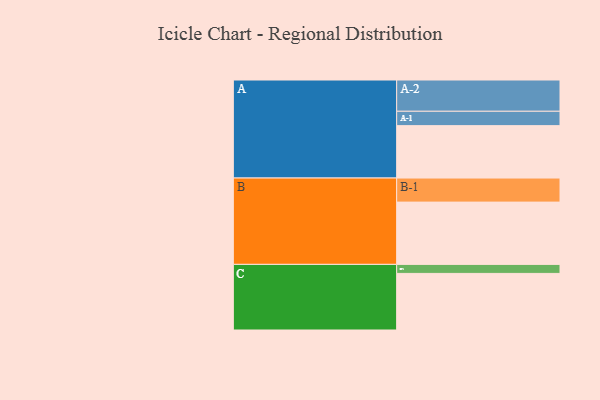
{"axis": {"x": "Segment", "y": "Value"}, "legend": ["", "A", "B", "C"], "data": [{"x": "A", "y": 488, "type": ""}, {"x": "B", "y": 580, "type": ""}, {"x": "C", "y": 527, "type": ""}, {"x": "A-1", "y": 134, "type": "A"}, {"x": "A-2", "y": 291, "type": "A"}, {"x": "B-1", "y": 224, "type": "B"}, {"x": "C-1", "y": 84, "type": "C"}]}